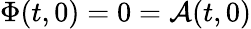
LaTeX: \Phi(t,0)=0=\mathcal{A}(t,0)